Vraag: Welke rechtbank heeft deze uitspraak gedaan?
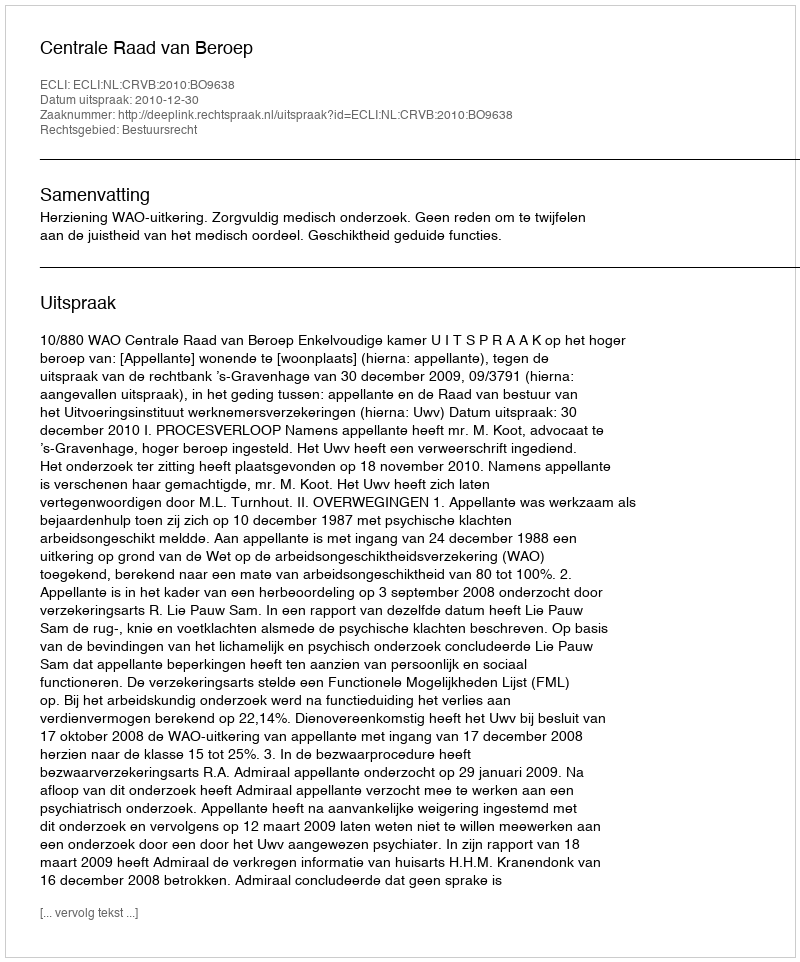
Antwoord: Centrale Raad van Beroep